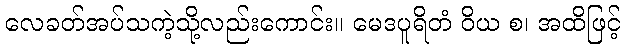
လေခတ်အပ်သကဲ့သို့လည်းကောင်း။ မေဒပူရိတံ ဝိယ စ၊ အထိဖြင့်